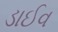
ડાઈવ